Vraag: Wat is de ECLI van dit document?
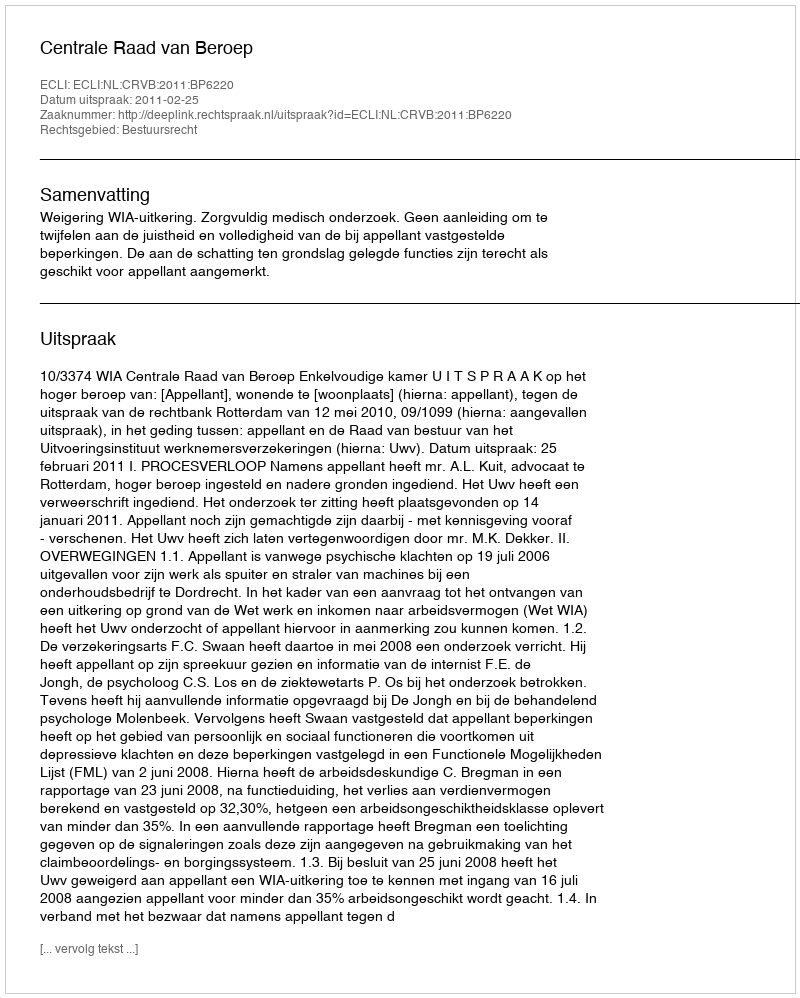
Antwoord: ECLI:NL:CRVB:2011:BP6220